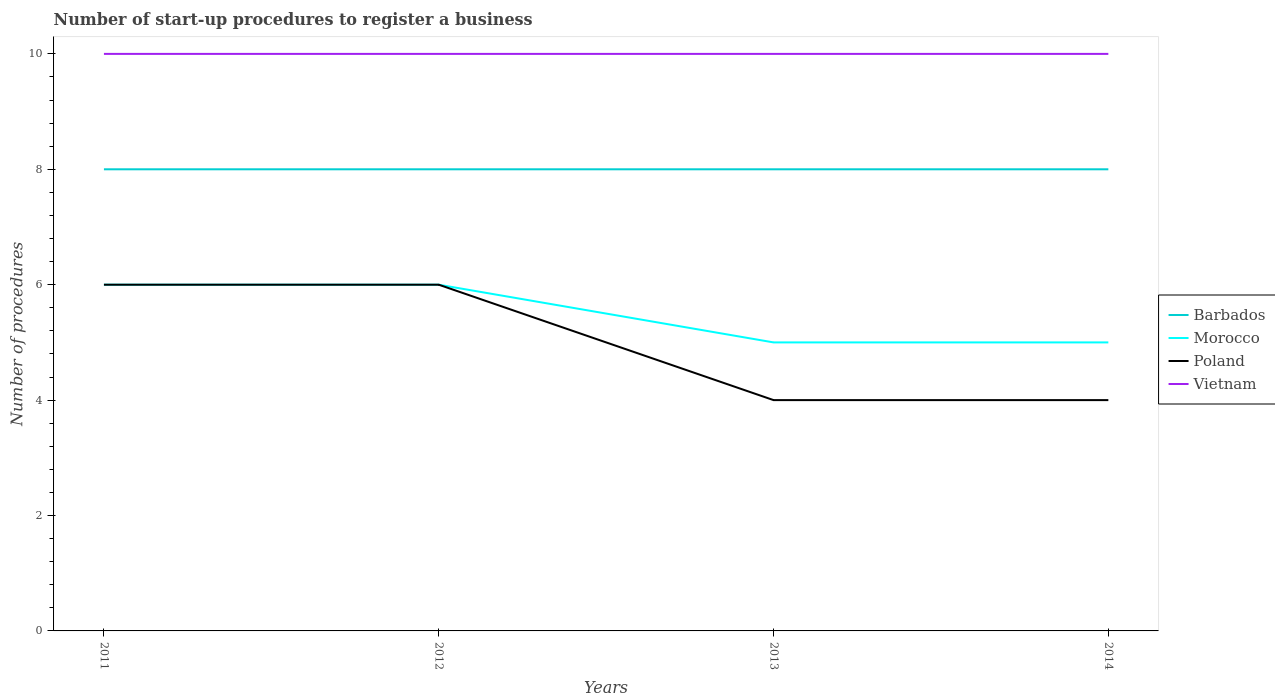
| Years | Barbados | Morocco | Poland | Vietnam |
 | --- | --- | --- | --- | --- |
 | 2011 | 8 | 6 | 6 | 10 |
 | 2012 | 8 | 6 | 6 | 10 |
 | 2013 | 8 | 5 | 4 | 10 |
 | 2014 | 8 | 5 | 4 | 10 |